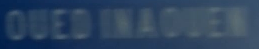
OUEDINAQUEN